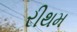
રીથમ